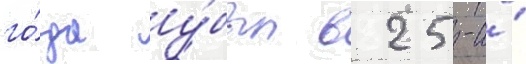
го́да у́был в 25-и́